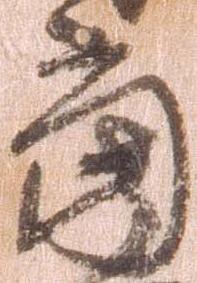
当